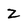
Character: Z